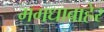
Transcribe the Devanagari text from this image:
मगधाबाहेर